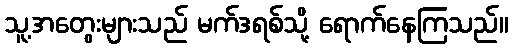
သူ့အတွေးများသည် မက်ဒရစ်သို့ ရောက်နေကြသည်။